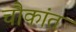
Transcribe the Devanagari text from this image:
चौकांत